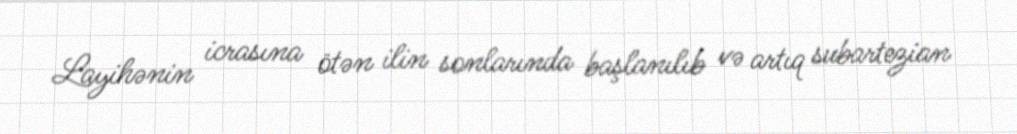
Layihənin icrasına ötən ilin sonlarında başlanılıb və artıq subartezian